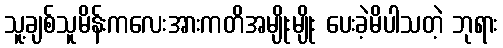
သူ့ချစ်သူမိန်းကလေးအားကတိအမျိုးမျိုး ပေးခဲ့မိပါသတဲ့ ဘုရား